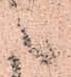
候